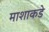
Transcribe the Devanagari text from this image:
माशाकडे